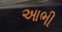
આભી